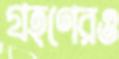
গ্রহণেরও